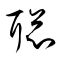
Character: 聡